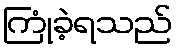
ကြုံခဲ့ရသည်